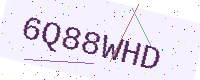
Text: 6Q88WHD